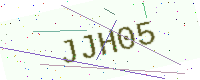
Text: JJH05